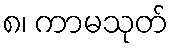
၈၊ ကာမသုတ်